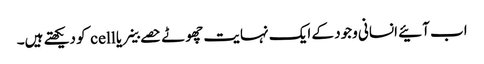
اب آئیے انسانی وجود کے ایک نہایت چھوٹے حصے خلیے یا cell کو دیکھتے ہیں۔